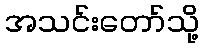
အသင်းတော်သို့